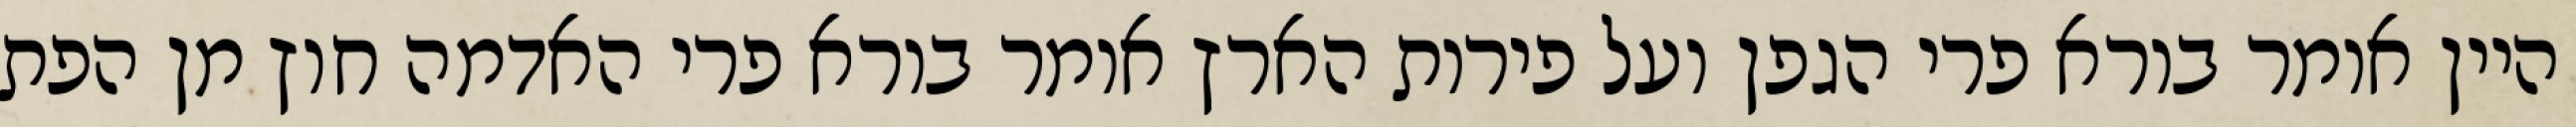
היין אומר בורא פרי הגפן ועל פירות הארץ אומר בורא פרי האדמה חוץ מן הפת